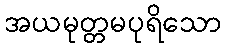
အယမုတ္တမပုရိသော